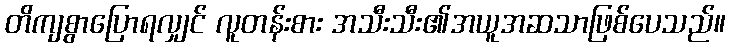
တိကျစွာပြောရလျှင် လူတန်းစား အသီးသီး၏အယူအဆသာဖြစ်ပေသည်။